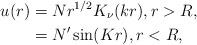
LaTeX: \begin{align*}u(r) & =Nr^{1/2}K_{\nu}(kr),r>R,\\& =N^{\prime}\sin(Kr),r<R,\end{align*}